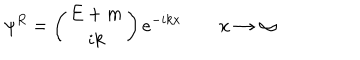
\psi ^ { R } = \left( \begin{array} { c } { { E + m } } \\ { { i k } } \\ \end{array} \right) e ^ { - i k x } \qquad x \rightarrow \infty